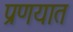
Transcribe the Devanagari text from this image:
प्रणयात